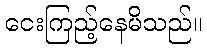
ငေးကြည့်နေမိသည်။